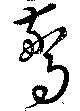
驚